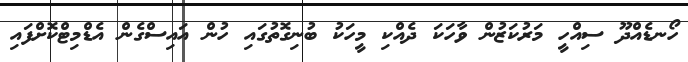
ހޯނޑެއްދޫ ސިއްހީ މަރުކަޒުން ވާހަކަ ދެއްކި މީހަކު ބުނިގޮތުގައި ހުން އައިސްގެން އެޑްމިޓްކޮށްފައި